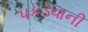
પકડવાની